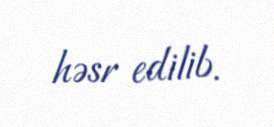
həsr edilib.